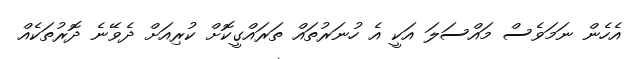
އެހެން ނަމަވެސް މައްސަލަ އަކީ އެ ހުނަރުތައް ތަރައްގީކޮށް ކުރިއަށް ދެވޭނެ ދޮރުތަކެއް